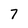
Character: 7